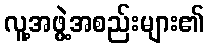
လူ့အဖွဲ့အစည်းများ၏